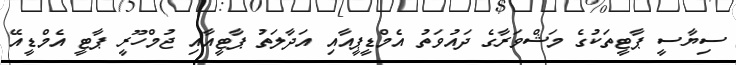
ސިޔާސީ ޕާޓީތަކުގެ މަޝްވަރާގެ ދައުވަތު އެމްޑީޕީއާއި އަދާލަތު ޕާޓީއާއި ޖުމްހޫރީ ޕާޓީ އެމްޑީއޭ